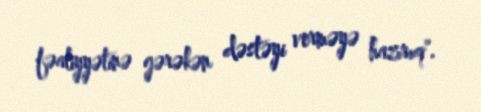
fəaliyyətinə gərəkən dəstəyi verməyə hazırıq".